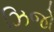
ઝિજો